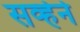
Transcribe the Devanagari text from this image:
सर्व्हेने